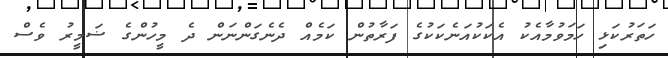
ހަތަރުކަޅި ހަމަވުމާއެކު އެކަކުއަނެކަކުގެ ފަރާތުން ކަމެއް ދެނެގަންނަން ދެ މީހުންގެ ޟަމީރު ވެސް